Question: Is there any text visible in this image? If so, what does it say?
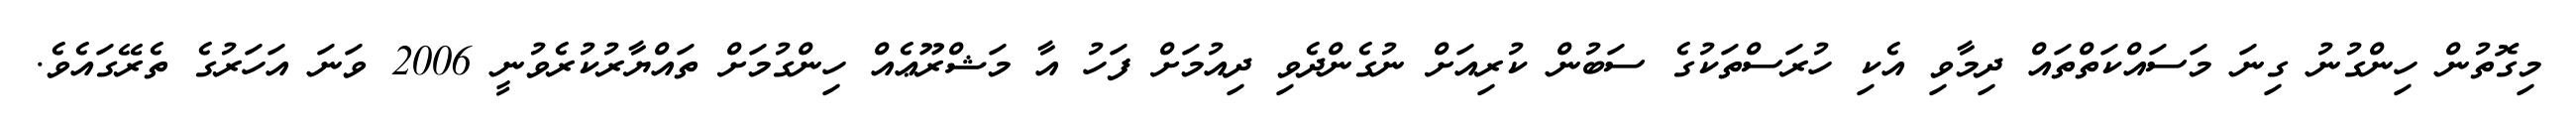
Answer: މިގޮތުން ހިންގުނު ގިނަ މަސައްކަތްތައް ދިމާވި އެކި ހުރަސްތަކުގެ ސަބުން ކުރިއަށް ނުގެންދެވި ދިއުމަށް ފަހު އާ މަޝްރޫޢެއް ހިންގުމަށް ތައްޔާރުކުރެވުނީ 2006 ވަނަ އަހަރުގެ ތެރޭގައެވެ.